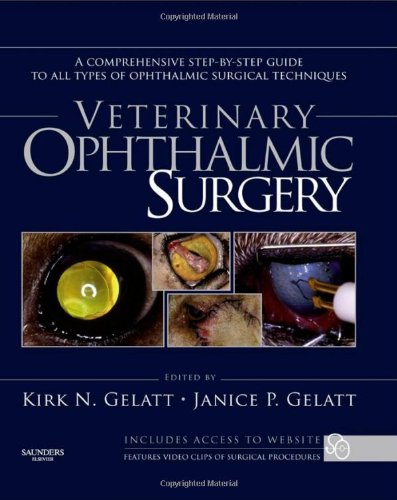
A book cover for Veterinary Ophthalmic Surgery, 1e; Kirk N. Gelatt VMD; Medical Books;